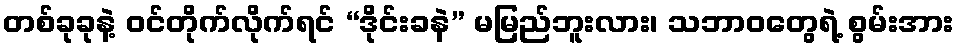
တစ်ခုခုနဲ့ ဝင်တိုက်လိုက်ရင် “ဒိုင်းခနဲ” မမြည်ဘူးလား၊ သဘာဝတွေရဲ့ စွမ်းအား